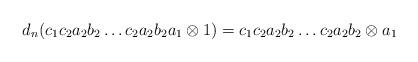
LaTeX: \begin{align*}d_n(c_1c_2a_2b_2 \dots c_2a_2b_2a_1 \otimes 1) = c_1c_2a_2b_2 \dots c_2a_2b_2 \otimes a_1\end{align*}